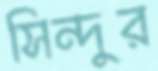
সিন্দুর